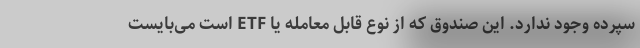
سپرده وجود ندارد. این صندوق که از نوع قابل معامله یا ETF است می‌بایست